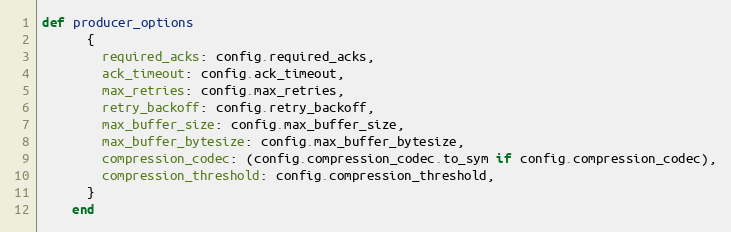
Language: Ruby
def producer_options
      {
        required_acks: config.required_acks,
        ack_timeout: config.ack_timeout,
        max_retries: config.max_retries,
        retry_backoff: config.retry_backoff,
        max_buffer_size: config.max_buffer_size,
        max_buffer_bytesize: config.max_buffer_bytesize,
        compression_codec: (config.compression_codec.to_sym if config.compression_codec),
        compression_threshold: config.compression_threshold,
      }
    end